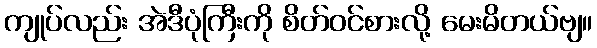
ကျုပ်လည်း အဲဒီပုံကြီးကို စိတ်ဝင်စားလို့ မေးမိတယ်ဗျ။